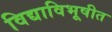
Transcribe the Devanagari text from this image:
विद्याविभूषीत